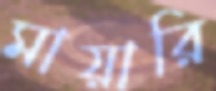
মায়ারি